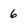
Character: 6